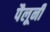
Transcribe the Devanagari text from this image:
पैलूनी